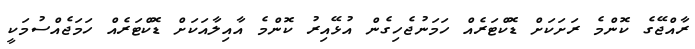
ރާއްޖޭގެ ކޮންމެ ރަށަކަށް ޑޮކްޓަރެއް ހަމަނުޖެހިގެން އުޅޭއިރު ކޮންމެ އާއިލާއަކަށް ޑޮކްޓަރެއް ހަމަޖެއްސުމަކީ